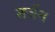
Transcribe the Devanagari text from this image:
तर्जन